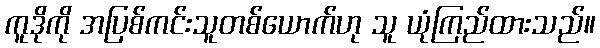
ကူဒိုကို အပြစ်ကင်းသူတစ်ယောက်ဟု သူ ယုံကြည်ထားသည်။